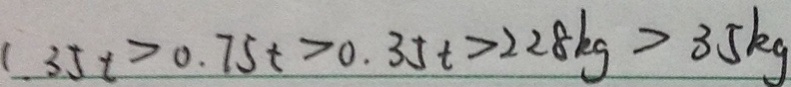
1 . 3 5 t > 0 . 7 5 t > 0 . 3 5 t > 2 2 8 k g > 3 5 k g